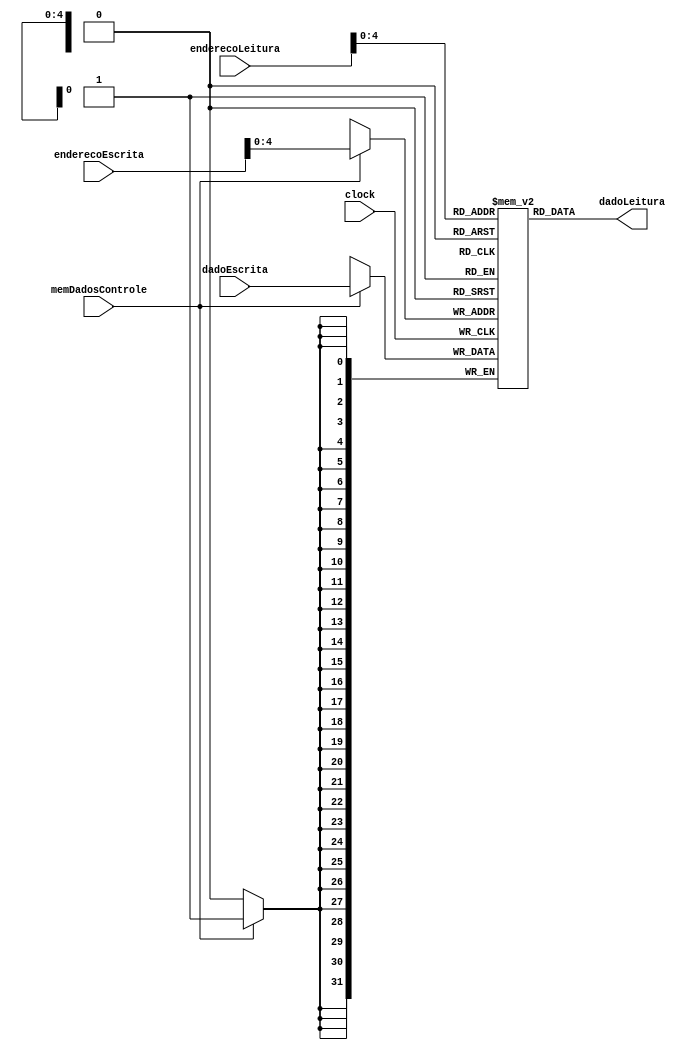
module memoriaDeDados		(clock,
									 enderecoLeitura,
									 dadoLeitura,
									 enderecoEscrita,
									 dadoEscrita,
									 memDadosControle);

//Entradas
	input 				clock;
	input 			   memDadosControle;
	input [31:0] 		enderecoLeitura;
	input [31:0] 		enderecoEscrita;
	input [31:0] 		dadoEscrita;
		
//Saidas
	output [31:0] 		dadoLeitura;
	
//Declaracao da memoria de dados
	reg [31:0] 			memoriaDeDados[30:0];
	
//Logica combinacional
	assign dadoLeitura = memoriaDeDados[enderecoLeitura];
		
//Logica sequencial
	always @ (posedge clock)
		begin
			if (memDadosControle)
				memoriaDeDados[enderecoEscrita] <= dadoEscrita;
		end

endmodule